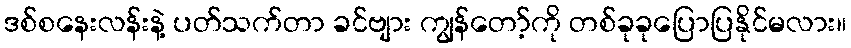
ဒစ်စနေးလန်းနဲ့ ပတ်သက်တာ ခင်ဗျား ကျွန်တော့်ကို တစ်ခုခုပြောပြနိုင်မလား။